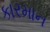
કારમાન